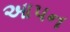
આપન